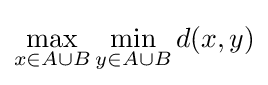
\max _{x\in A\cup B}\min _{y\in A\cup B}d(x,y)